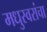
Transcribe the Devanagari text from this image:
मधुस्वरांचा